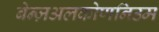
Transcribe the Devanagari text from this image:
बेन्ज़अलकोणनिउम